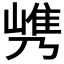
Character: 𰎯